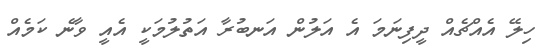
ހިލޭ އެއްޗެއް ދީފިނަމަ އެ އަލުން އަނބުރާ އަތުލުމަކީ އެއީ ވާނެ ކަމެއް